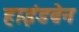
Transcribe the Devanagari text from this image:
हाइंडब्रेन